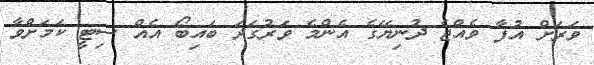
ވަރަށް އުފާ ވެއްޖެ ދުނިޔޭގެ އެންމެ ވަރުގަދަ ބައިބޯ އެއް ސިޓީ ކަމަށްވާ